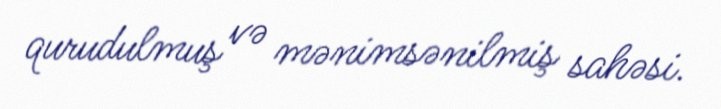
qurudulmuş və mənimsənilmiş sahəsi.